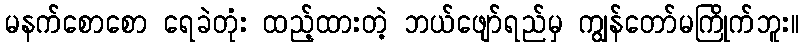
မနက်စောစော ရေခဲတုံး ထည့်ထားတဲ့ ဘယ်ဖျော်ရည်မှ ကျွန်တော်မကြိုက်ဘူး။